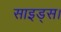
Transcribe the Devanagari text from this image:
साइड्स।